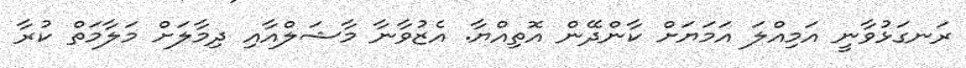
ރަނގަޅުވާނީ އަމިއްލަ އަމަޔަށް ކާންދޭން އޮތިއްޔާ. އެޒުވާނާ މާޝަލްއާއި ދިމާލަށް މަލާމަތް ކުރާ